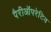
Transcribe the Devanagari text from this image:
पैरीऑपरेटिव